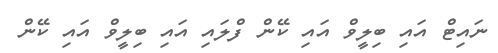
ނައިޓް އައި ބިލީވް އައި ކޭން ފްލައި އައި ބިލީވް އައި ކޭން